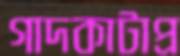
গাদকাটাপ্র